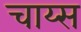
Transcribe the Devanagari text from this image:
चाय्स